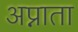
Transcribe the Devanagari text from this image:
अप्नाता